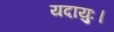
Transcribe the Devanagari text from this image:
यदायुः।